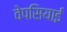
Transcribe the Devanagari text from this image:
वेपसियाई